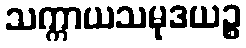
သက္ကာယသမုဒယဉ္စ